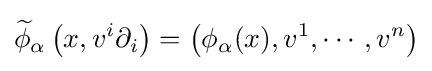
{\widetilde {\phi }}_{\alpha }\left(x,v^{i}\partial _{i}\right)=\left(\phi _{\alpha }(x),v^{1},\cdots ,v^{n}\right)